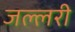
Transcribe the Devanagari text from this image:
जल्लरी